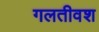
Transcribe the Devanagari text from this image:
गलतीवश